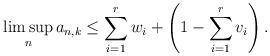
LaTeX: \begin{align*} \limsup_n a_{n,k} \leq \sum_{i=1}^r w_i + \left(1-\sum_{i=1}^r v_i\right).\end{align*}